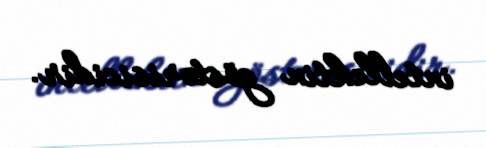
intellektin göstərisicidir.